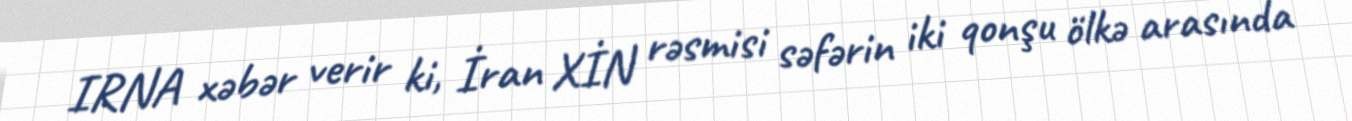
IRNA xəbər verir ki, İran XİN rəsmisi səfərin iki qonşu ölkə arasında